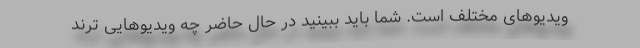
ویدیوهای مختلف است. شما باید ببینید در حال حاضر چه ویدیوهایی ترند